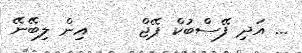
... އަދި ފޭސްބުކް ޕޭޖް     އިން ލިބޭނޭ